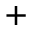
^ { + }